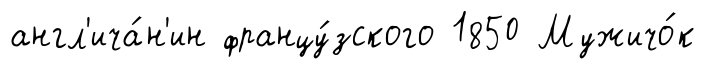
англ'ича́н'ин францу́зского 1850 Мужичо́к